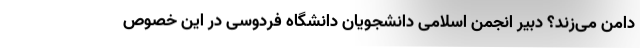
دامن می‌زند؟ دبیر انجمن اسلامی دانشجویان دانشگاه فردوسی در این خصوص